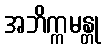
အဘိက္ကမန္တု